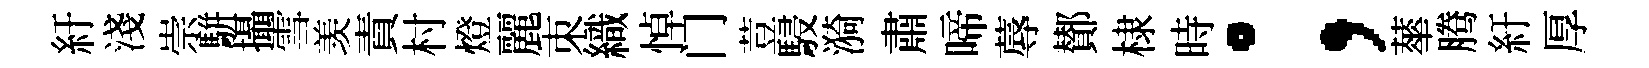
紆淺崇駢攝雪羡責村燈麗朿織悼门荳駸漪肅啼蓐鄼棣時；蕐腾紆厚